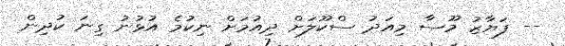
-- ފަޔާޒު މޫސާ މިއަދު ސްކޫލަށް ދިއުމަށް ނިކުމެ އުޅުނު ގިނަ ކުދިން